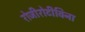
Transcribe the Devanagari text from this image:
रोजीरोटीविना